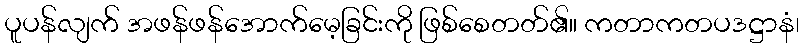
ပူပန်လျက် အဖန်ဖန်အောက်မေ့ခြင်းကို ဖြစ်စေတတ်၏။ ကတာကတပဒဋ္ဌာနံ၊